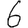
Digit: 6